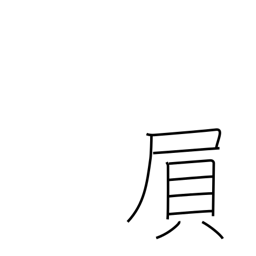
Meaning: exerting strength